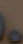
.